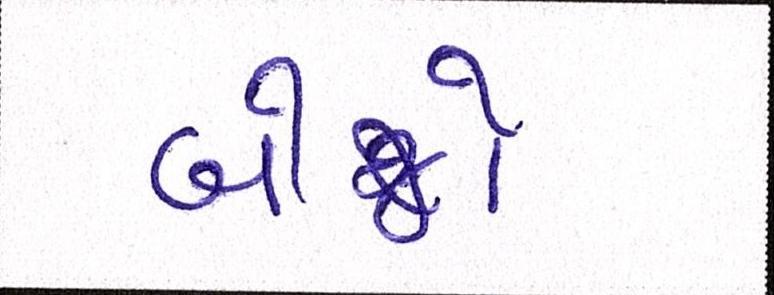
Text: બીજો